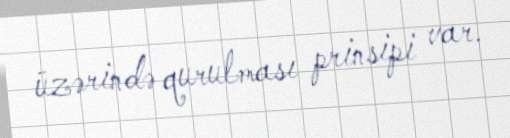
üzərində qurulması prinsipi var.